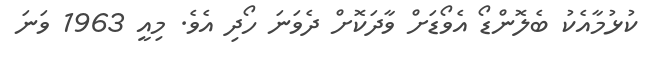
ކުޅުމާއެކު ބެލޮންޑޯ އެވޯޑަށް ވާދަކޮށް ދެވަނަ ހޯދި އެވެ. މިއީ 1963 ވަނަ